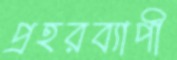
প্রহরব্যাপী